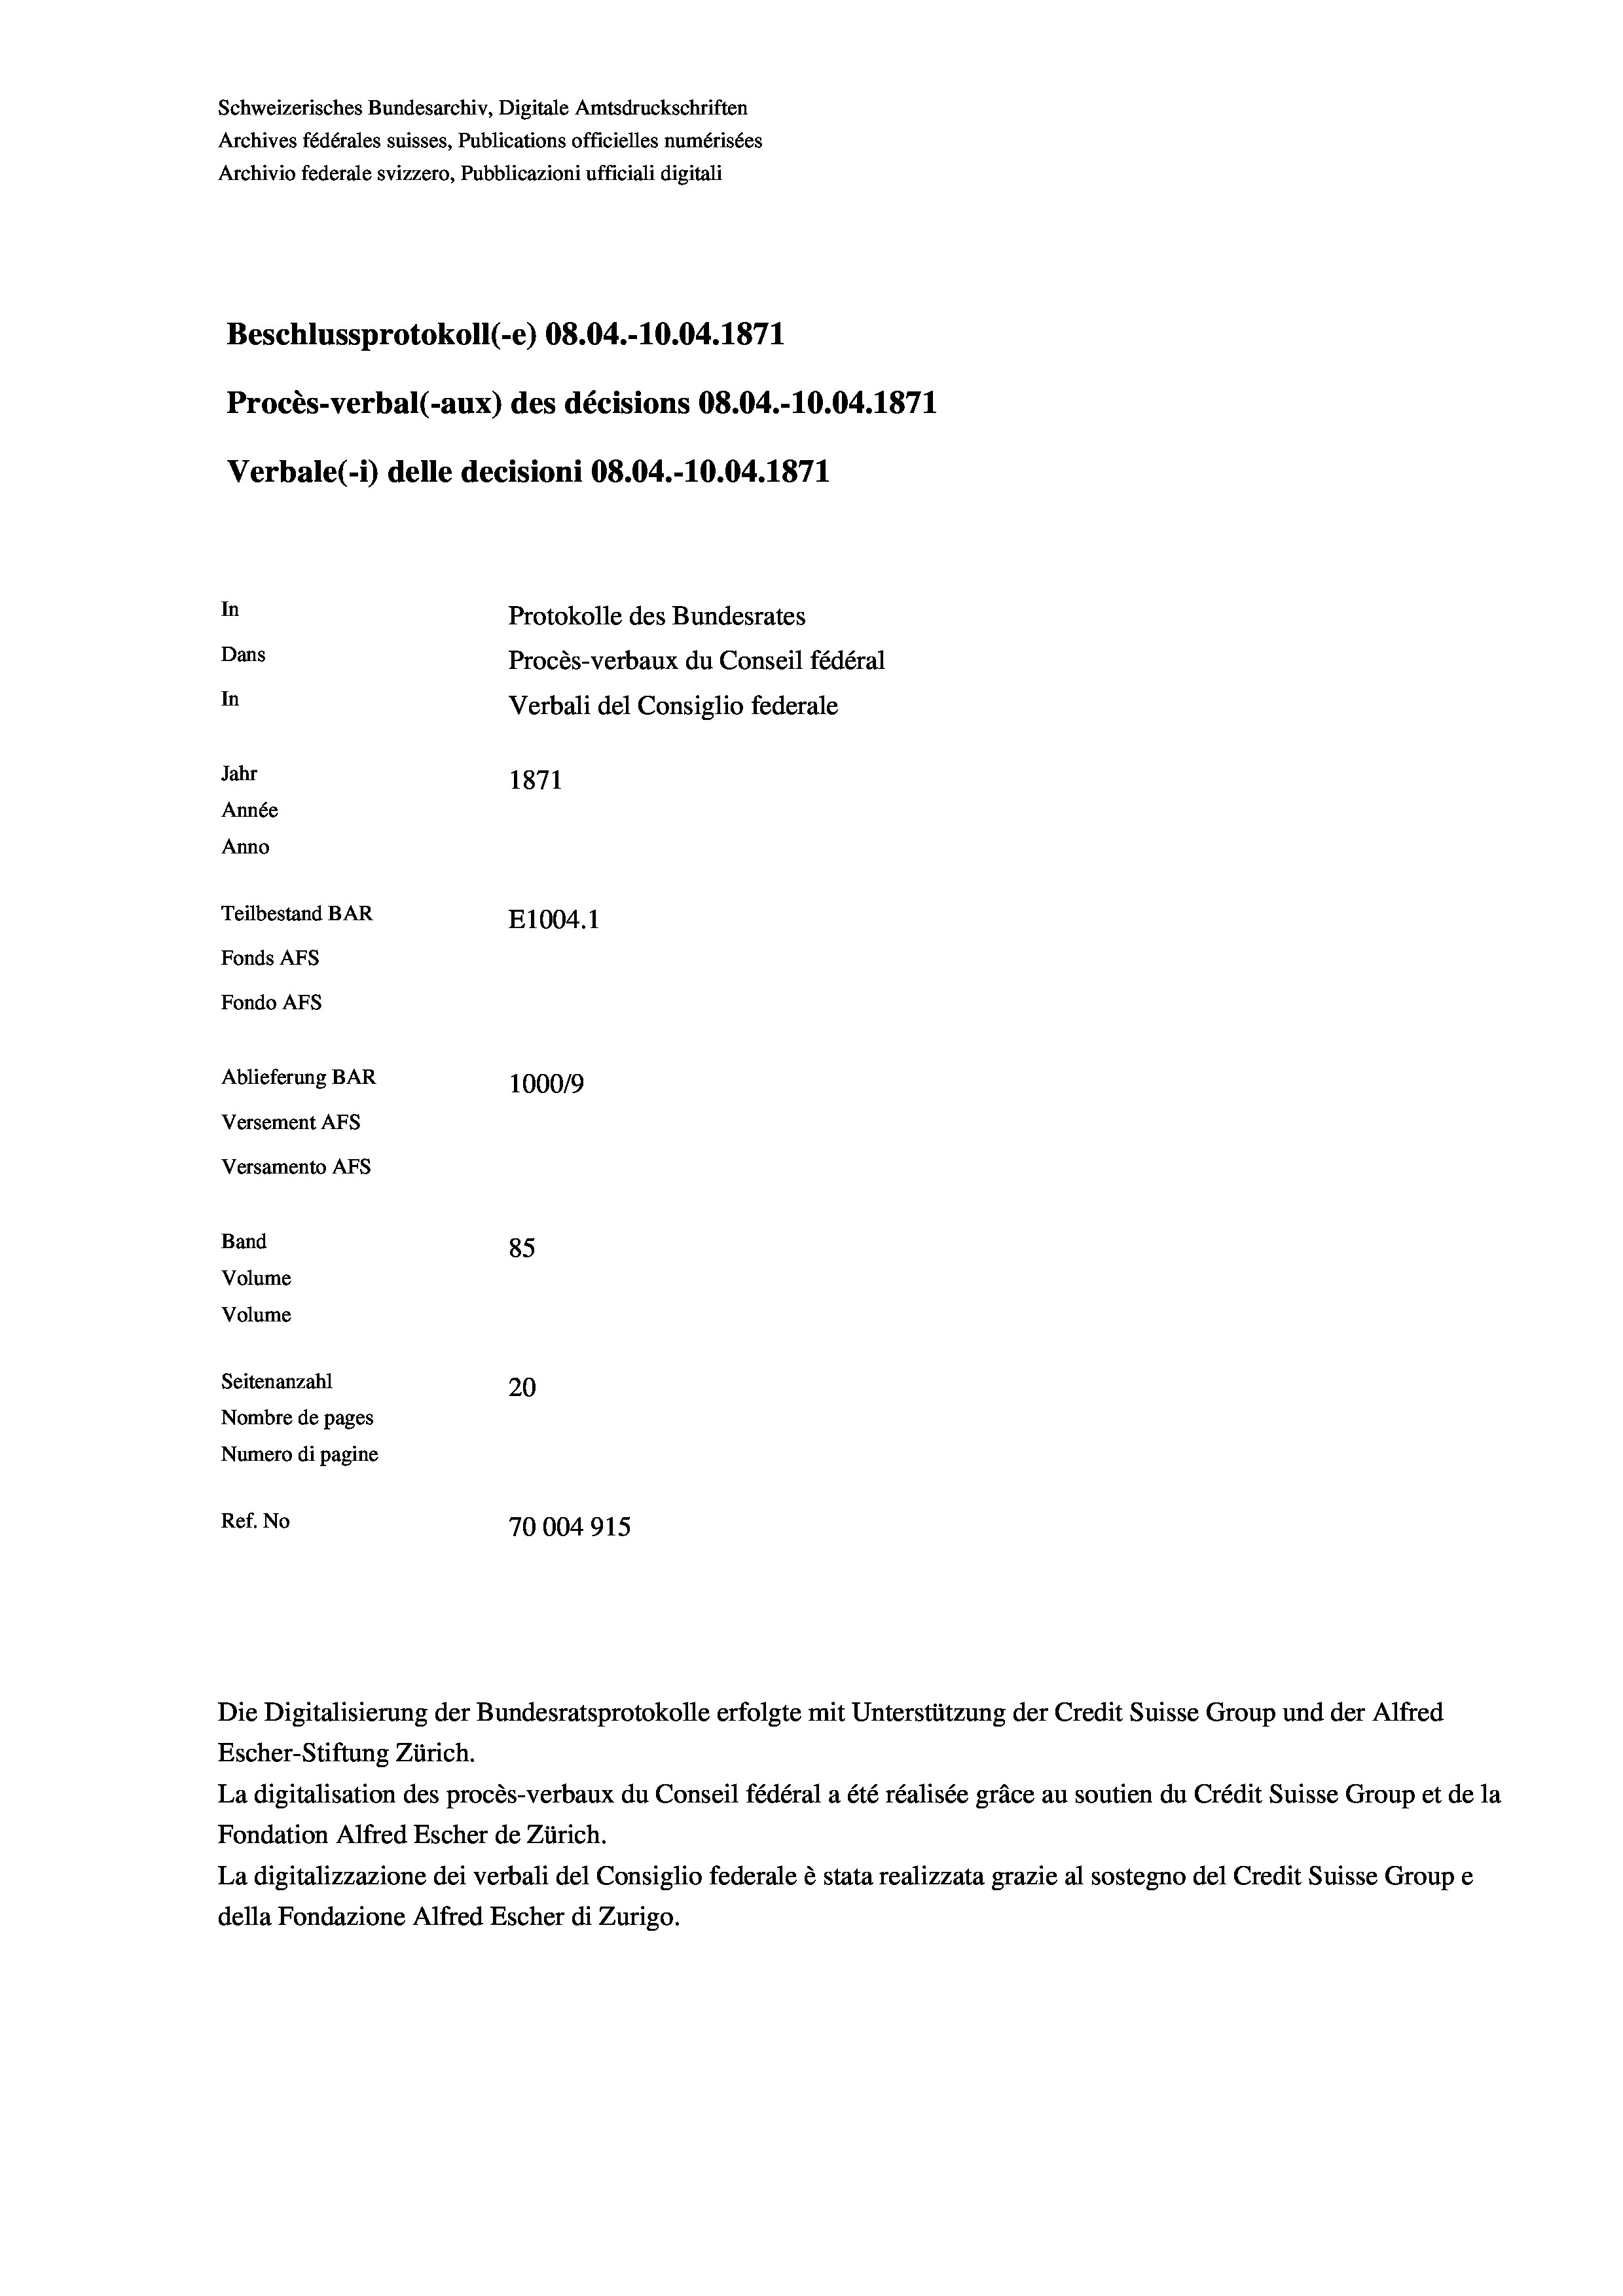
Schweizerisches Bundesarchiv, Digitale Amtsdruckschriften
Archives fédérales suisses, Publications officielles numérisées
Archivio federale svizzero, Pubblicazioni ufficiali digitali
Beschlussprotokoll (-e) 08.04.-10.04. 1871
Procès-verbal (-aux) des décisions 08.04.-10.04. 1871
Verbale(-*) delle decisioni 08.04.-10.04. 1871
In
Protokolle des Bundesrates
Dans
Procès-verbaux du Conseil fédéral
In
Verbali del Consiglio federale
Jahr
1871
Année
Anno
Teilbestand BAR
E1004. 1
Fonds AFs
Fondo AFS
Ablieferung BAR
1000/9
Versement AFs
Versamento AFs
Band
85
Volume
Volume

Seitenanzahl
20
Nombre de pages
Numero di pagine
Ref. No
70004915

Escher-Stiftung Zürich.
La digitalisation des procès-verbaux du Conseil fédéral a été réalisée gräce au soutien du Crédit Suisse Group et de la
Fondation Alfred Escher de Zürich.
La digitalizzazione dei verbali del Consiglio federale è stata realizzata grazie al sostegno del Credit Suisse Groupe
della Fondazione Alfred Escher di Zurigo.

Die Digitalisierung der Bundesratsprotokolle erfolgte mit Unterstützung der Credit Suisse Group und der Alfred